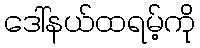
ဒေါ်နယ်ထရမ့်ကို